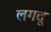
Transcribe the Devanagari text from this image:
लगदू